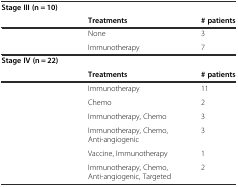
<table><thead><tr><td><b>Stage III (n = 10)</b></td><td></td><td></td></tr><tr><td></td><td><b>Treatments</b></td><td><b># patients</b></td></tr></thead><tbody><tr><td></td><td>None</td><td>3</td></tr><tr><td></td><td>Immunotherapy</td><td>7</td></tr><tr><td><b>Stage IV (n = 22)</b></td><td></td><td></td></tr><tr><td></td><td><b>Treatments</b></td><td><b># patients</b></td></tr><tr><td></td><td>Immunotherapy</td><td>11</td></tr><tr><td></td><td>Chemo</td><td>2</td></tr><tr><td></td><td>Immunotherapy, Chemo</td><td>3</td></tr><tr><td></td><td>Immunotherapy, Chemo, Anti-angiogenic</td><td>3</td></tr><tr><td></td><td>Vaccine, Immunotherapy</td><td>1</td></tr><tr><td></td><td>Immunotherapy, Chemo, Anti-angiogenic, Targeted</td><td>2</td></tr></tbody></table>